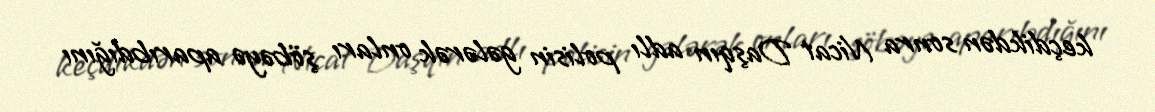
keçdikdən sonra Nicat Daşqın adlı polisin gələrək onları şöbəyə aparıbdığını